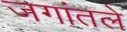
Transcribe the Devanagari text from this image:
जगांतले